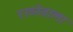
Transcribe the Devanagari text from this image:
रख्नेवाला